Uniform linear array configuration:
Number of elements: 8
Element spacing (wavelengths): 1
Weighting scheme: kaiser
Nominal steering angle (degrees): -30
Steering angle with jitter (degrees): -30.23
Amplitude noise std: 0.05
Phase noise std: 0.05

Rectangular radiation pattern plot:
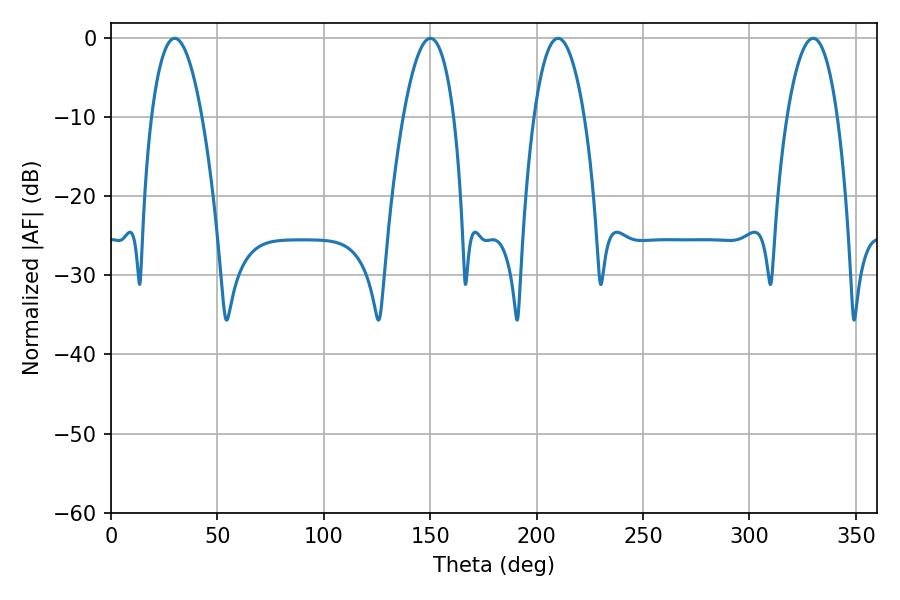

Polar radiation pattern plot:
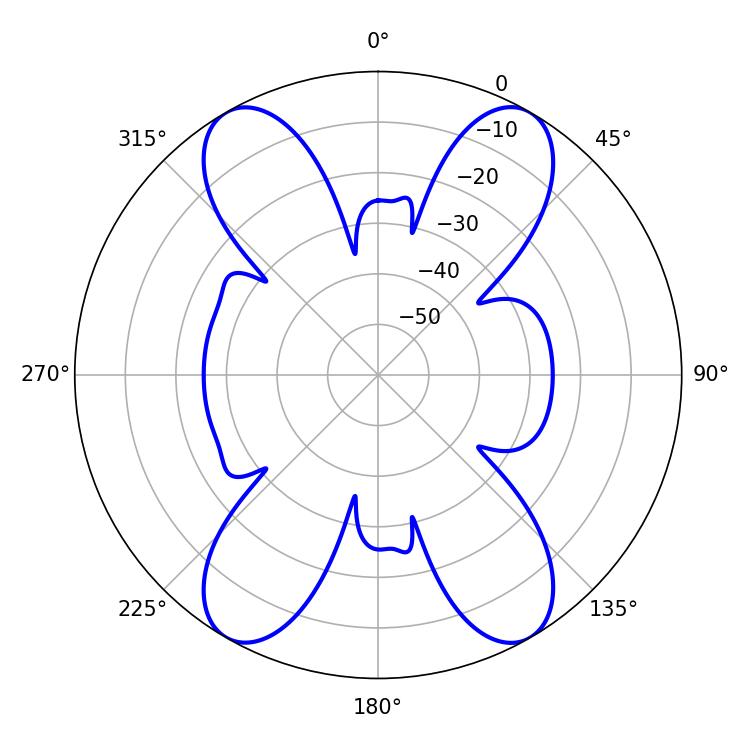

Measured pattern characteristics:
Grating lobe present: TRUE
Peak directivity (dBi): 34.452
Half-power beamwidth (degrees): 13.14
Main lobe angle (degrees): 210.06